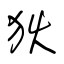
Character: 狄